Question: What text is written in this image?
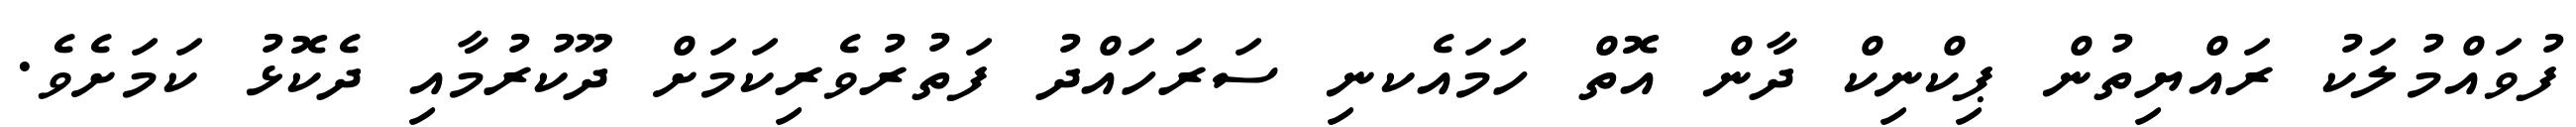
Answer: ފުވައްމުލަކު ރައްޔިތުން ޕިކްނިކް ދާން އޮތް ހަމައެކނި ސަރަހައްދު ފަތުރުވެރިކަމަށް ދޫކުރުމާއި ދެކޮޅު ކަމަށެވެ.